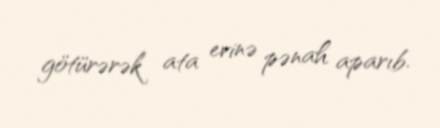
götürərək ata evinə pənah aparıb.